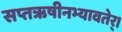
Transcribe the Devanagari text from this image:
सप्तऋषीनभ्यावतेर्।